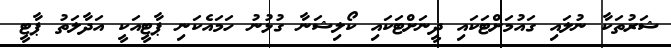
ޝަރުތަކާ ނުލައި ގައުމަށްޓަކައި ދީނަށްޓަކައި ކޯލިޝަނާ ގުޅުނު ހަމައެކަނި ޕާޓީއަކީ އަދާލަތު ޕާޓީ